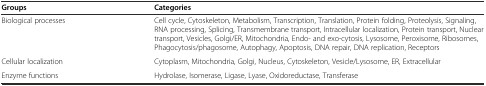
<table><thead><tr><td><b>Groups</b></td><td><b>Categories</b></td></tr></thead><tbody><tr><td>Biological processes</td><td>Cell cycle, Cytoskeleton, Metabolism, Transcription, Translation, Protein folding, Proteolysis, Signaling, RNA processing, Splicing, Transmembrane transport, Intracellular localization, Protein transport, Nuclear transport, Vesicles, Golgi/ER, Mitochondria, Endo- and exo-cytosis, Lysosome, Peroxisome, Ribosomes, Phagocytosis/phagosome, Autophagy, Apoptosis, DNA repair, DNA replication, Receptors</td></tr><tr><td>Cellular localization</td><td>Cytoplasm, Mitochondria, Golgi, Nucleus, Cytoskeleton, Vesicle/Lysosome, ER, Extracellular</td></tr><tr><td>Enzyme functions</td><td>Hydrolase, Isomerase, Ligase, Lyase, Oxidoreductase, Transferase</td></tr></tbody></table>